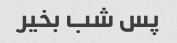
پس شب بخیر